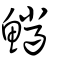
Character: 鱲